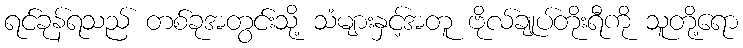
ရင်ခုန်ရသည် တစ်ခုအတွင်းသို့ သံများနှင့်အတူ ဗိုလ်ချုပ်တိုးရီကို သူတို့ရော